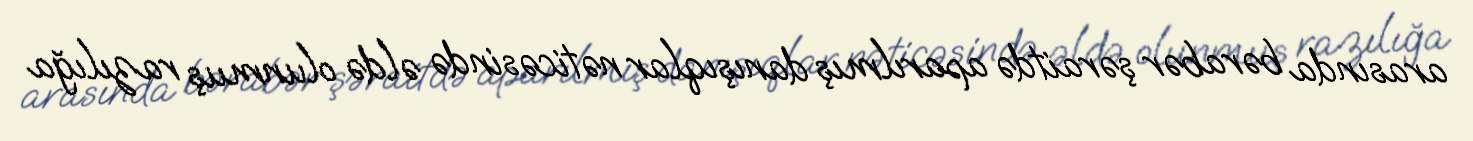
arasında bərabər şəraitdə aparılmış danışıqlar nəticəsində əldə olunmuş razılığa